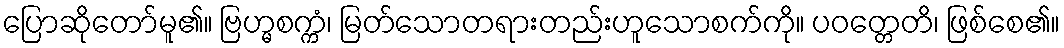
ပြောဆိုတော်မူ၏။ ဗြဟ္မစက္ကံ၊ မြတ်သောတရားတည်းဟူသောစက်ကို။ ပဝတ္တေတိ၊ ဖြစ်စေ၏။